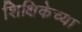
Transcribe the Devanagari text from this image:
शिक्षिकेच्या